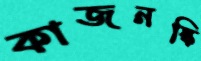
কাজনস্কি